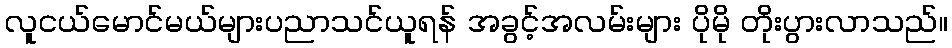
လူငယ်မောင်မယ်များပညာသင်ယူရန် အခွင့်အလမ်းများ ပိုမို တိုးပွားလာသည်။